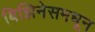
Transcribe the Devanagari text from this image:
बिझिनेसमधून